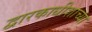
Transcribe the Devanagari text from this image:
द्वारकाधीशाच्या